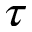
\tau